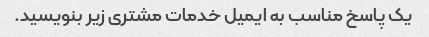
یک پاسخ مناسب به ایمیل خدمات مشتری زیر بنویسید.